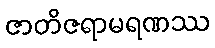
ဇာတိဇရာမရဏဿ